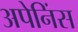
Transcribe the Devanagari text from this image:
अपेनिंस